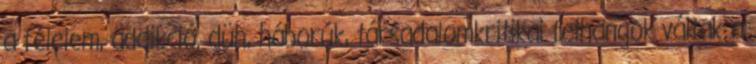
a félelem, addikció, düh, háborúk, társadalomkritikai felhangok váltak a